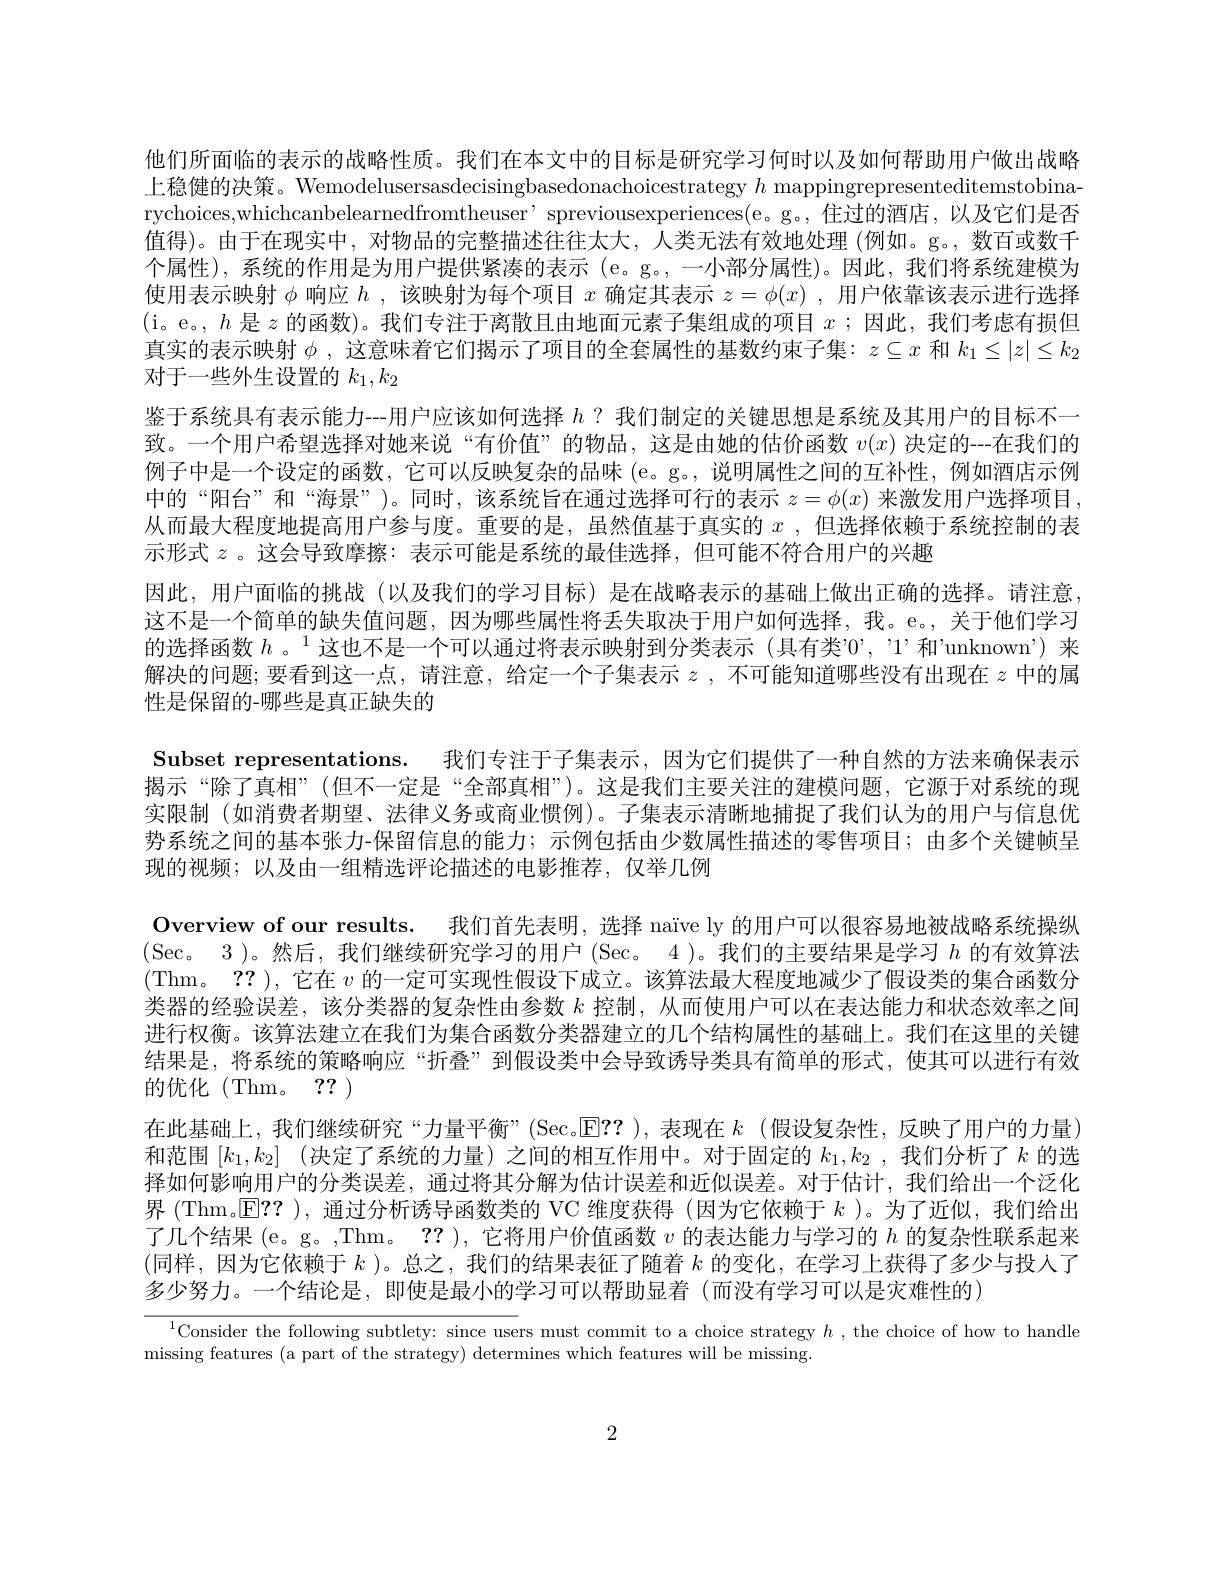
他们所面临的表示的战略性质。我们在本文中的目标是研究学习何时以及如何帮助用户做出战略上稳健的决策。Wemodelusersasdecisingbasedonachoicestrategy $h$ mappingrepresenteditemstobinarychoices,whichcanbelearnedfromtheuser’spreviousexperiences(e。g。,住过的酒店，以及它们是否值得)。由于在现实中，对物品的完整描述往往太大，人类无法有效地处理(例如。g。,数百或数千个属性),系统的作用是为用户提供紧凑的表示 (e。g。,一小部分属性)。因此，我们将系统建模为使用表示映射$\phi$响应$h$ ,该映射为每个项目$x$确定其表示$z=\phi(x)$ ,用户依靠该表示进行选择(i。e。,$h$是$z$的函数)。我们专注于离散且由地面元素子集组成的项目$x$ ;因此，我们考虑有损但真实的表示映射$\phi$,这意味着它们揭示了项目的全套属性的基数约束子集：$z\subseteq x$和$k_1\leq|z|\leq k_2$ 对于一些外生设置的$k_1,k_2$
鉴于系统具有表示能力--用户应该如何选择$h$ ? 我们制定的关键思想是系统及其用户的目标不一致。一个用户希望选择对她来说“有价值”的物品，这是由她的估价函数$v(x)$决定的---在我们的例子中是一个设定的函数，它可以反映复杂的品味 (e。g。,说明属性之间的互补性，例如酒店示例中的“阳台”和“海景”)。同时，该系统旨在通过选择可行的表示$z=\phi(x)$来激发用户选择项目， 从而最大程度地提高用户参与度。重要的是，虽然值基于真实的$x$ ,但选择依赖于系统控制的表示形式$z$。这会导致摩擦：表示可能是系统的最佳选择，但可能不符合用户的兴趣
因此，用户面临的挑战 (以及我们的学习目标)是在战略表示的基础上做出正确的选择。请注意， 这不是一个简单的缺失值问题，因为哪些属性将丢失取决于用户如何选择，我。e。,关于他们学习的选择函数 $h$ 。$^{1}$这也不是一个可以通过将表示映射到分类表示(具有类”,"1'和'unknown')来解决的问题；要看到这一点，请注意，给定一个子集表示$z$ ,不可能知道哪些没有出现在$z$中的属性是保留的-哪些是真正缺失的
Subset representations. 我们专注于子集表示，因为它们提供了一种自然的方法来确保表示揭示“除了真相”(但不一定是“全部真相”)。这是我们主要关注的建模问题，它源于对系统的现实限制 (如消费者期望、法律义务或商业惯例)。子集表示清晰地捕捉了我们认为的用户与信息优势系统之间的基本张力-保留信息的能力；示例包括由少数属性描述的零售项目；由多个关键帧呈现的视频；以及由一组精选评论描述的电影推荐，仅举几例
Overview of our results. 我们首先表明，选择 naïve ly 的用户可以很容易地被战略系统操纵(Sec。3 )。然后，我们继续研究学习的用户 (Sec。4 )。我们的主要结果是学习$h$的有效算法(Thm。?? ), 它在$v$的一定可实现性假设下成立。该算法最大程度地减少了假设类的集合函数分类器的经验误差，该分类器的复杂性由参数$k$控制，从而使用户可以在表达能力和状态效率之间进行权衡。该算法建立在我们为集合函数分类器建立的几个结构属性的基础上。我们在这里的关键结果是，将系统的策略响应“折叠”到假设类中会导致诱导类具有简单的形式，使其可以进行有效的优化(Thm。??)
在此基础上，我们继续研究“力量平衡”(Sec。$\overline{\mathrm{E}}??$ ),表现在$k$ (假设复杂性，反映了用户的力量) 和范围$[k_1,k_2]$ (决定了系统的力量)之间的相互作用中。对于固定的$k_1,k_2$ ,我们分析了$k$的选择如何影响用户的分类误差，通过将其分解为估计误差和近似误差。对于估计，我们给出一个泛化界 (Thm。$\operatorname{E}??$ ),通过分析诱导函数类的 VC 维度获得 (因为它依赖于$k$ )。为了近似，我们给出了几个结果 (e。g。,Thm。?? ),它将用户价值函数$\upsilon$的表达能力与学习的$h$的复杂性联系起来(同样，因为它依赖于$k$ )。总之，我们的结果表征了随着$k$的变化，在学习上获得了多少与投入了多少努力。一个结论是，即使是最小的学习可以帮助显着(而没有学习可以是灾难性的)
$^{1}$Consider the following subtlety: since users must commit to a choice strategy $h$, the choice of how to handle

missing features (a part of the strategy) determines which features will be missing

2